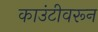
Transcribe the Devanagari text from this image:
काउंटीवरून